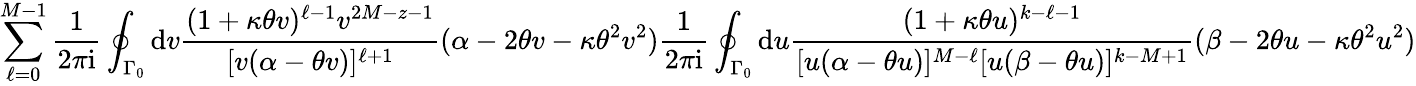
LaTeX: \sum_{\ell=0}^{M-1}\frac{1}{2\pi\mathrm{i}}\oint_{\Gamma_{0}}\mathrm{d}v\frac{(1+\kappa\theta v)^{\ell-1}v^{2M-z-1}}{[v(\alpha-\theta v)]^{\ell+1}}(\alpha-2\theta v-\kappa\theta^{2}v^{2})\frac{1}{2\pi\mathrm{i}}\oint_{\Gamma_{0}}\mathrm{d}u\frac{(1+\kappa\theta u)^{k-\ell-1}}{[u(\alpha-\theta u)]^{M-\ell}[u(\beta-\theta u)]^{k-M+1}}(\beta-2\theta u-\kappa\theta^{2}u^{2})